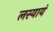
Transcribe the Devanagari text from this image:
लस्यायं